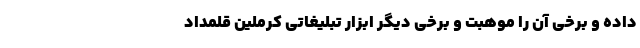
داده و برخی آن را موهبت و برخی دیگر ابزار تبلیغاتی کرملین قلمداد